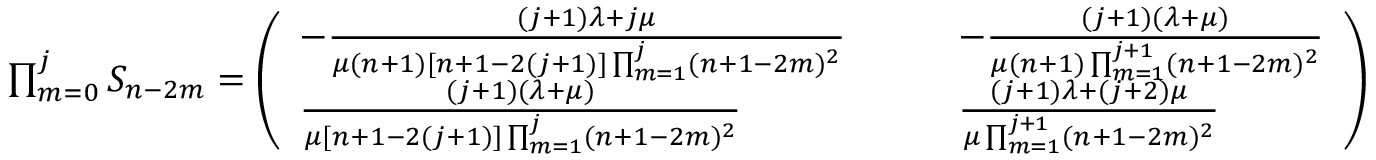
\begin{array} { r l } & { \prod _ { m = 0 } ^ { j } S _ { n - 2 m } = \left( \begin{array} { l l } { - \frac { ( j + 1 ) \lambda + j \mu } { \mu ( n + 1 ) [ n + 1 - 2 ( j + 1 ) ] \prod _ { m = 1 } ^ { j } ( n + 1 - 2 m ) ^ { 2 } } } & { \qquad - \frac { ( j + 1 ) ( \lambda + \mu ) } { \mu ( n + 1 ) \prod _ { m = 1 } ^ { j + 1 } ( n + 1 - 2 m ) ^ { 2 } } } \\ { \frac { ( j + 1 ) ( \lambda + \mu ) } { \mu [ n + 1 - 2 ( j + 1 ) ] \prod _ { m = 1 } ^ { j } ( n + 1 - 2 m ) ^ { 2 } } } & { \qquad \frac { ( j + 1 ) \lambda + ( j + 2 ) \mu } { \mu \prod _ { m = 1 } ^ { j + 1 } ( n + 1 - 2 m ) ^ { 2 } } } \end{array} \right) } \end{array}